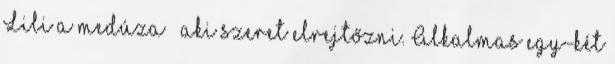
Lili a medúza – aki szeret elrejtőzni. Alkalmas egy-két